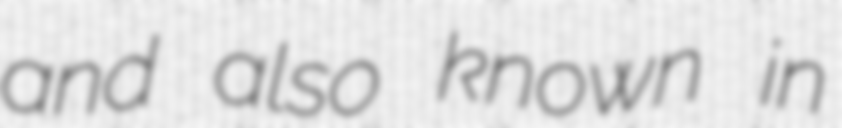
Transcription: and also known in